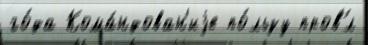
го́да Кома́ндован'иjе по́льзу пров'́л